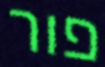
פור